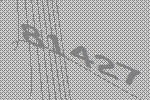
81427